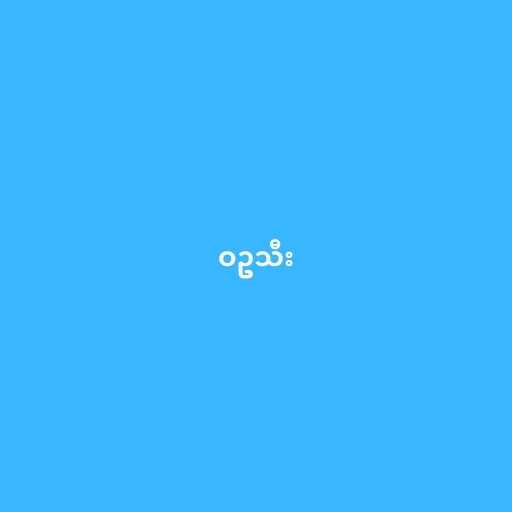
ဝဥသီး